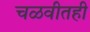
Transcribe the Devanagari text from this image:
चळवीतही